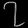
Digit: ၇